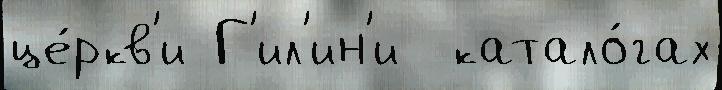
це́ркв'и Г'ил'ин'и  катало́гах